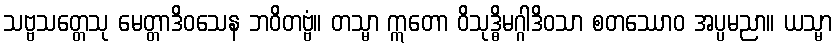
သဗ္ဗသတ္တေသု မေတ္တာဒိဝသေန ဘဝိတဗ္ဗံ။ တသ္မာ ဣတော ဝိသုဒ္ဓိမဂ္ဂါဒိဝသာ စတဿောဝ အပ္ပမညာ။ ယသ္မာ